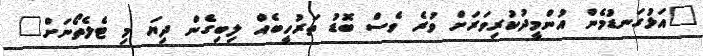
"އަޅުގަނޑުމެން އުންމީދުކުރިވަރަށް ވުރެ ވެސް ބޮޑު ތަރުހީބެއް ލިބިގެން ދިޔަ މި ޓެލެތޯނަށް"